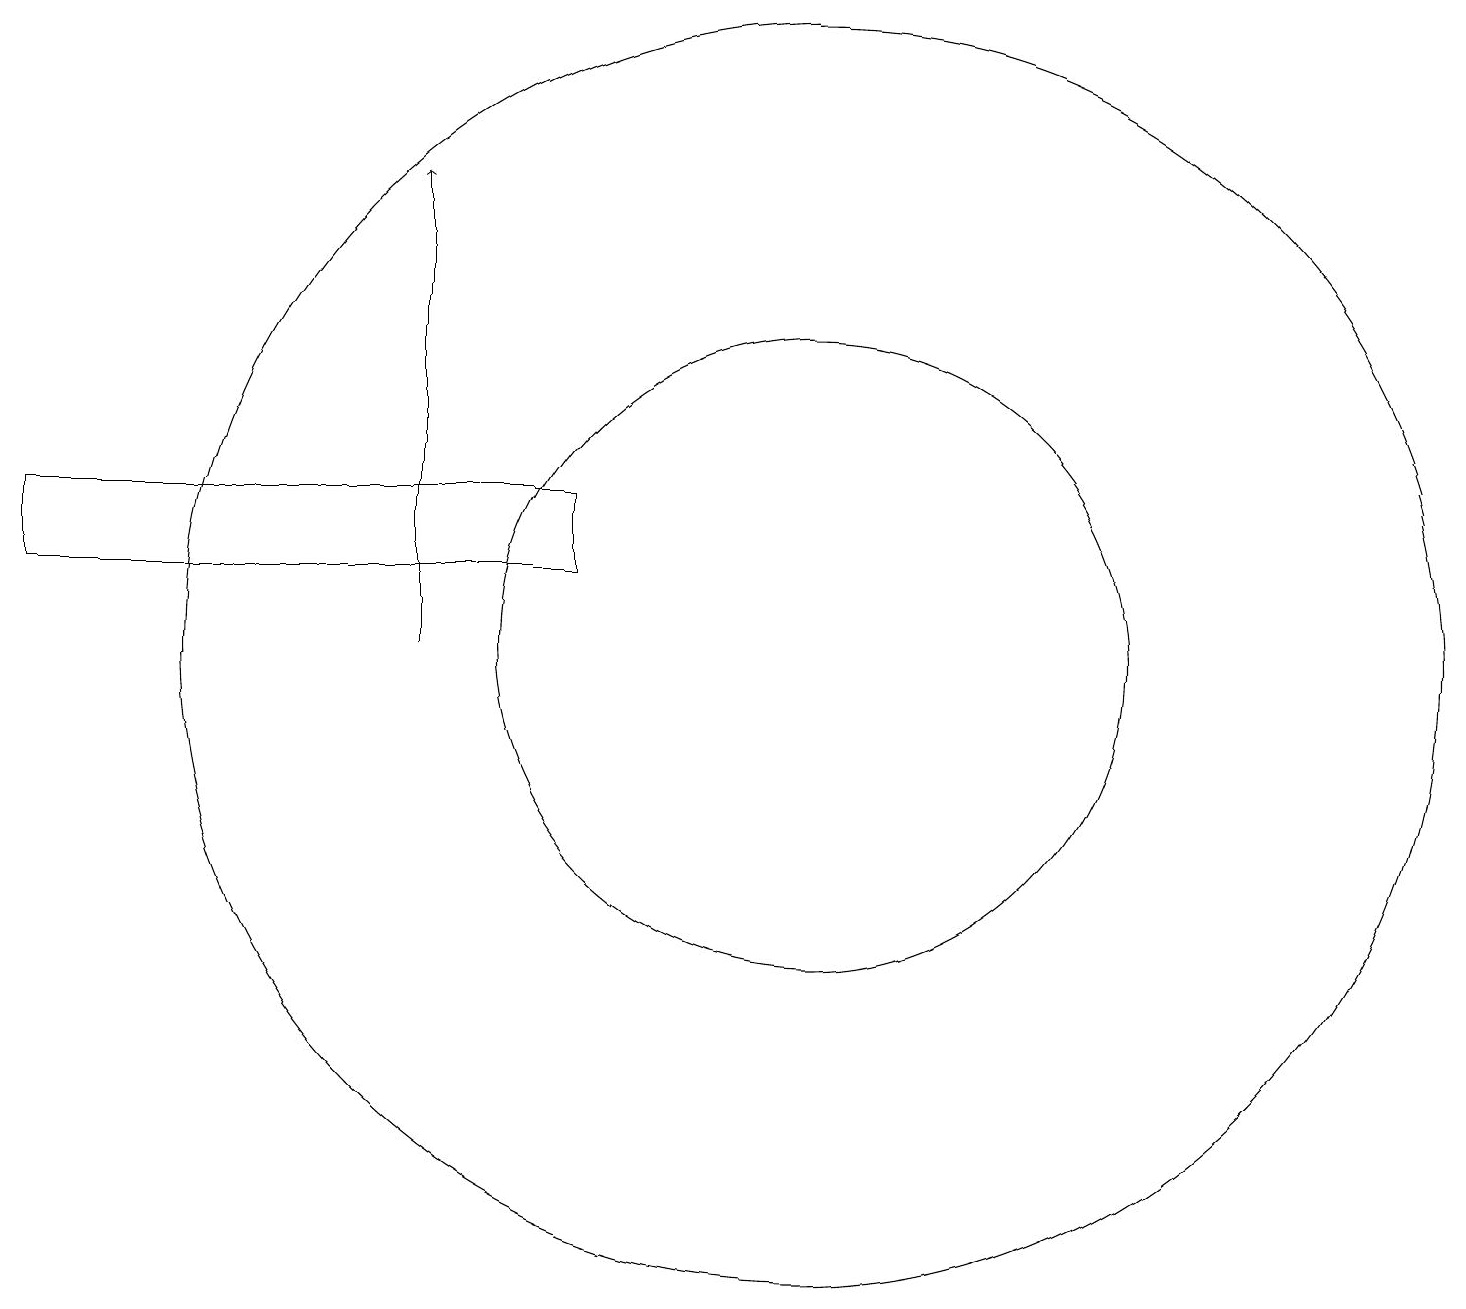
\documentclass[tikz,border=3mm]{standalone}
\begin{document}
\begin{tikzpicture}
\draw[->] (5,12) -- (5,18);
\draw (10,12) circle (4);
\draw (10,12) circle (8);
\draw (0,14) rectangle (7,13);
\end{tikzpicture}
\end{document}